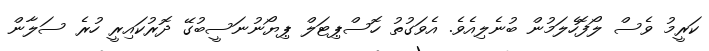
ކަރީމު ވެސް ލޯފޮހެލަމުން ބުނެލިއެވެ. އެވަގުތު ހޮސްޕިޓަލް ޕިޔޯނުނަސީބުގޭ ދޮރުކައިރީ ހުރެ ސަލާން